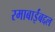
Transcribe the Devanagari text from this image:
रमाबाईंबद्दल